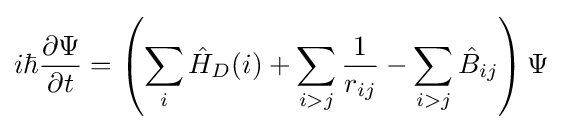
i\hbar {\frac {\partial \Psi }{\partial t}}=\left(\sum _{i}{\hat {H}}_{D}(i)+\sum _{i>j}{\frac {1}{r_{ij}}}-\sum _{i>j}{\hat {B}}_{ij}\right)\Psi